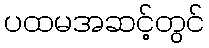
ပထမအဆင့်တွင်